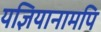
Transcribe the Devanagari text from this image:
यज्ञियानामपि